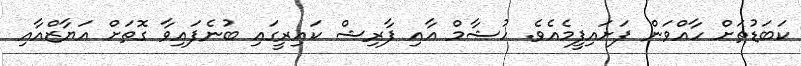
ކަބަޑުތަށް ހާއްވަން ފަށައިފީމެއެވެ. ހުޝާމް އާއި ފާރިޝް ކައިރީގައި ބުނެފައިވާ ގޮތަށް އަޔާޒްއާއި